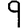
Digit: 9